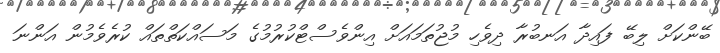
ބޭންކަށް ލިބޭ ފައިދާ އަނބުރާ ދިވެހި މުޖުތަމައަށް އިންވެސްޓްކުރުމުގެ މަސައްކަތްތައް ކުރެވެމުން އަންނަ